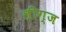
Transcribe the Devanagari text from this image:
लीग्ज